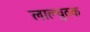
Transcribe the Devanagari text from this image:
लाल्चुठक